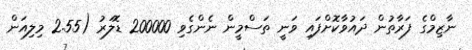
ނާޒިމްގެ ފަރާތުން ދައުވާކޮށްފައި ވަނީ ތަސްމީން ނެންގެވި 200000 ޑޮލަރު (2.55 މިލިއަން